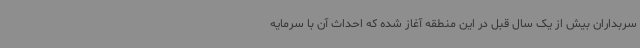
سربداران بیش از یک سال قبل در این منطقه آغاز شده که احداث آن با سرمایه